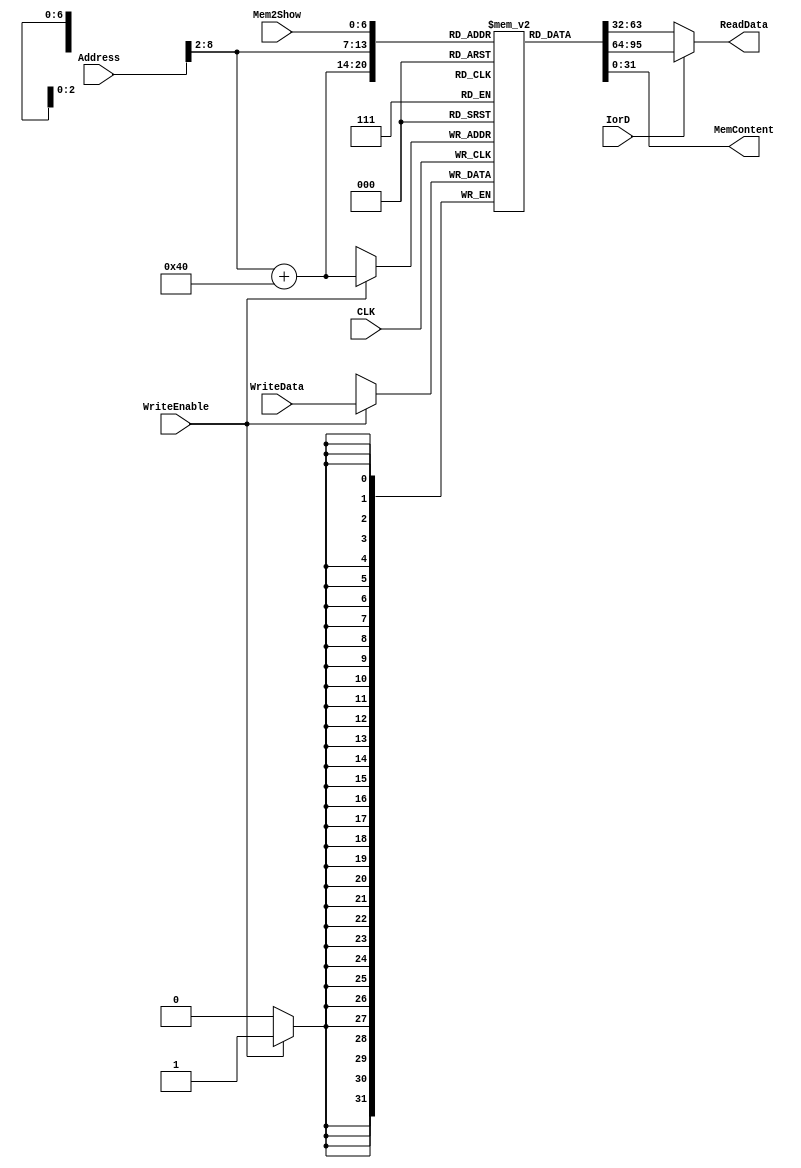
`timescale 1ns / 1ps
//////////////////////////////////////////////////////////////////////////////////
// Company: 
// Engineer: 
// 
// Design Name: 
// Module Name: IDMem
// Project Name: 
// Target Devices: 
// Tool Versions: 
// Description: 
// 
// Dependencies: 
// 
// Revision:
// Revision 0.01 - File Created
// Additional Comments:
// 
//////////////////////////////////////////////////////////////////////////////////


module IDMem(CLK, IorD, WriteEnable, Address, WriteData, ReadData, Mem2Show, MemContent);
	input CLK, IorD, WriteEnable;
	input [31: 0] Address;
	input [31:0] WriteData;
	output [31: 0] ReadData;
	input [6:0] Mem2Show;//mem file
	output [31:0] MemContent;//mem file
	
	reg [31:0]RAM[127: 0];
	
	assign ReadData = IorD ? RAM[Address[31:2]+64] : RAM[Address[31:2]];
	assign MemContent = RAM[Mem2Show[6:0]];
	reg [6:0] j;
	initial
	begin
//RAM[0] <= 32'h20010001;
//	RAM[1] <= 32'h200b0000;
//	RAM[2] <= 32'h200c0000;
//	RAM[3] <= 32'h200a0000;
//	RAM[4] <= 32'h20090000;
//	RAM[5] <= 32'h205c007e;
//	RAM[6] <= 32'h205d0082;
//	RAM[7] <= 32'h0c00000b;
//	RAM[8] <= 32'h20141234;
//	RAM[9] <= 32'h00000000;
//	RAM[10] <= 32'h00000000;
//	RAM[11] <= 32'hafbc0000;
//	RAM[12] <= 32'hafac0020;
//	RAM[13] <= 32'hafaa0040;
//	RAM[14] <= 32'hafa90060;
//	RAM[15] <= 32'hafbf0080;
//	RAM[16] <= 32'h23bd00a0;
//	RAM[17] <= 32'h23bcffe0;
//	RAM[18] <= 32'h100c0009;
//	RAM[19] <= 32'h102c0008;
//	RAM[20] <= 32'h218cffff;
//	RAM[21] <= 32'h0c00000b;
//	RAM[22] <= 32'h216a0000;
//	RAM[23] <= 32'h218cffff;
//	RAM[24] <= 32'h0c00000b;
//	RAM[25] <= 32'h21690000;
//	RAM[26] <= 32'h01495820;
//	RAM[27] <= 32'h0800001d;
//	RAM[28] <= 32'h00015820;
//	RAM[29] <= 32'h8fbfffe0;
//	RAM[30] <= 32'h8fa9ffc0;
//	RAM[31] <= 32'h8faaffa0;
//	RAM[32] <= 32'h8facff80;
//	RAM[33] <= 32'h8fbc0000;
//	RAM[34] <= 32'h23bdff60;
//	RAM[35] <= 32'h03e00008;
//RAM[0] <= 32'h0800002d;
//RAM[1] <= 32'h201d0100;
//RAM[2] <= 32'h23bd0010;
//RAM[3] <= 32'h8faafff0;
//RAM[4] <= 32'h8fabfff4;
//RAM[5] <= 32'hafb0fff8;
//RAM[6] <= 32'hafbffffc;
//RAM[7] <= 32'h8d480000;
//RAM[8] <= 32'h000a8020;
//RAM[9] <= 32'h000b4820;
//RAM[10] <= 32'h000a7820;
//RAM[11] <= 32'h014bc82a;
//RAM[12] <= 32'h1320001c;
//RAM[13] <= 32'h21ef0004;
//RAM[14] <= 32'h016fc82a;
//RAM[15] <= 32'h17200009;
//RAM[16] <= 32'h8dee0000;
//RAM[17] <= 32'h01c8c82a;
//RAM[18] <= 32'h17200003;
//RAM[19] <= 32'had2e0300;
//RAM[20] <= 32'h0800000d;
//RAM[21] <= 32'h2129fffc;
//RAM[22] <= 32'hae0e0300;
//RAM[23] <= 32'h0800000d;
//RAM[24] <= 32'h22100004;
//RAM[25] <= 32'hae080300;
//RAM[26] <= 32'h000a7820;
//RAM[27] <= 32'h8dee0300;
//RAM[28] <= 32'hadee0000;
//RAM[29] <= 32'h21ef0004;
//RAM[30] <= 32'h016fc82a;
//RAM[31] <= 32'h1320fffb;
//RAM[32] <= 32'h2210fffc;
//RAM[33] <= 32'hafaa0000;
//RAM[34] <= 32'h0c000002;
//RAM[35] <= 32'hafb00004;
//RAM[36] <= 32'h8fabfff4;
//RAM[37] <= 32'h22100008;
//RAM[38] <= 32'hafab0004;
//RAM[39] <= 32'h0c000002;
//RAM[40] <= 32'hafb00000;
//RAM[41] <= 32'h8fbffffc;
//RAM[42] <= 32'h8fb0fff8;
//RAM[43] <= 32'h03e00008;
//RAM[44] <= 32'h23bdfff0;
//RAM[45] <= 32'h20040000;
//RAM[46] <= 32'h2005007c;
//RAM[47] <= 32'hafa40000;
//RAM[48] <= 32'h0c000002;
//RAM[49] <= 32'hafa50004;
//RAM[50] <= 32'h20020001;
//RAM[51] <= 32'h00000000;
//RAM[52] <= 32'h00000000;
//RAM[53] <= 32'h00000000;
//RAM[54] <= 32'h00000000;
//RAM[55] <= 32'h00000000;
//RAM[56] <= 32'h00000000;
//RAM[57] <= 32'h00000000;
//RAM[58] <= 32'h00000000;
//RAM[59] <= 32'h00000000;
//RAM[60] <= 32'h00000000;
//RAM[61] <= 32'h00000000;
//RAM[62] <= 32'h00000000;
//RAM[63] <= 32'h00000000;

	    RAM[0] <= 32'h20020005;; //addi $2, $0, 5; //initialize $2 = 5
		RAM[1] <= 32'h2003000c;; //addi $3, $0, 12; //$3 = c
		RAM[2] <= 32'h2067fff7;; //addi $7, $3, -9; //$7 = 3
		RAM[3] <= 32'h00e22025;; //or $4, $7, $2; //$4 = 3 or 5 = 7
		RAM[4] <= 32'h00642824;; //and $5, $3, $4; //$5 = 12 and 7 = 4
		RAM[5] <= 32'h00a42820;; //and %5, %5, $4; //$5=4+7=11
		RAM[6] <= 32'h10a7000a;; //beq $5, $7, end; //should not branch
		RAM[7] <= 32'h20150028;; //addi $21, $0, 40;//$21 = 40 = 0x28
		RAM[8] <= 32'h02a00008;; //jr $21;//jump to RAM[10]
		RAM[9] <= 32'h00000000;; //nop
		RAM[10] <= 32'h0064202a;//slt $4, $3, $4; //$4 = 12 < 7 = 0//should not be taken due to jr
		RAM[11] <= 32'h10800001;//beq $4, $0, around// should be taken
		RAM[12] <= 32'h20050000;//addi $5, $0, 0;//should not be taken
		RAM[13] <= 32'h00e2202a;//slt $4, $7, $2; //$4 = 3 < 5 = 1 
		RAM[14] <= 32'h00853820;//add $7, $4, $5; //$7=1 + 11 = 12
		RAM[15] <= 32'h00e23822;//sub $7, $7, $2; //$7 = 12 - 5 = 7
		RAM[16] <= 32'hac670044;//sw $7, 68($3); //[($3 + 68)] = [80] = [ROM[(80>>2) + 64]] = [ROM[10100]] = ROM[20+64] = 7
		RAM[17] <= 32'h8c020050;//lw $2, 80($0); // $2 = ROM[20] = 7
		RAM[18] <= 32'h0c000015;//jal RAM[21];; //$31 = PC + 4; should be taken
		RAM[19] <= 32'h08000015;//j RAM[21];; //should not be taken due to jal
		RAM[20] <= 32'h20020001;//addi $2, $0, 1; //should not be taken
								//all data memory address are virtual address, real address should +64
		RAM[21] <= 32'hac020054;//sw $2, 84($0); //ROM[(84 >> 2)+64] = ROM[21+64] = 7
		RAM[22] <= 32'h3c0c1234;//lui $12, 0x1234;// $12 should be 12340000;
		RAM[23] <= 32'h00a75026;//xor $10, $5, $7;// $10 = 1011 xor 0111 = 1100 = c
		RAM[24] <= 32'h38ab0004;//xori $11, $5, 4;//$11 = f
		RAM[25] <= 32'hac0c0010;//sw $12, 16($0);// [16] = [16>>2] = Mem[4] = 12340000;
		RAM[26] <= 32'h00054883;//sra $9, $5, 2;; //$9 = 11 >>> 2 = 2
		RAM[27] <= 32'h00854007;//srav $8, $4, $5;// $8 = [$5] >>> [$4][4:0] = 5
		RAM[28] <= 32'h000469c0;//sll $13, $4, 7;; //$13 = [$4] << 7 = 00000080 = 128
		RAM[29] <= 32'h00847004;//sllv $14, $4, $4;//$14 = [$4] << [$4][4:0] = 2;
		RAM[30] <= 32'h00037882;//srl $15, $3, 2;; // $15 = [01100] >> 2 = 3;
		RAM[31] <= 32'h00838006;//srlv $16, $4, $3; // $16 = [$3] >> [$4][4:0]=00000110 = 6
		//how to test jal?
		RAM[32] <= 32'h00000000;//nop
		for (j = 5; j < 32; j = j + 1) 
			        RAM[j+32] <= 0;
		for (j = 0; j < 64; j = j + 1) 
					RAM[j+64] <= 0;
		end
	always @(posedge CLK)
		if(WriteEnable)//default belive all write is data operations
			RAM[Address[31:2] + 64] <= WriteData;

endmodule